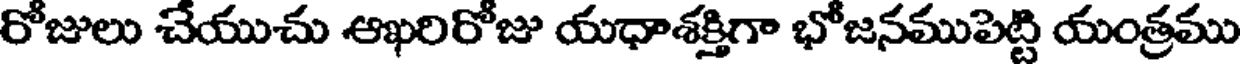
రోజులు చేయుచు ఆఖరిరోజు యధాశక్తిగా భోజనముపెట్టి యంత్రము